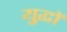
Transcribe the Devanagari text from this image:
यु्द्धों